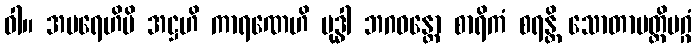
ဝါ။ အပရေဟိပိ အဋ္ဌဟိ ကာရဏေဟိ ဗုဒ္ဓါ ဘဂဝန္တော စာရိကံ စရန္တိ သောတာပတ္တိမဂ္ဂံ